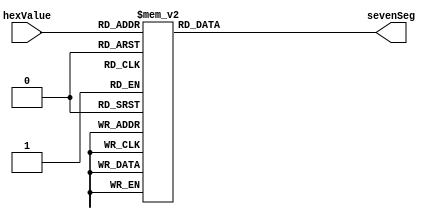
/*
 * HexTo7Seg.v
 *
 *  Authors:
 * 
 *      Azeem Oguntola  SID: 201162945
 *      Chima Nnadika   SID: 201077064
 * ---------------------------------------------------------------------
 * Description
 * ---------------------------------------------------------------------
 * This is a Hexadecimal to seven segment display converter module.
 * 
 */

module HexTo7Seg #(
    parameter INVERT_OUTPUT = 0

)(
    input      [3:0] hexValue,
    output reg [6:0] sevenSeg
);

    always @ * begin
        if (INVERT_OUTPUT == 0) begin
            case (hexValue)
                4'h0: sevenSeg = 7'b0111111;
                4'h1: sevenSeg = 7'b0000110;
                4'h2: sevenSeg = 7'b1011011;
                4'h3: sevenSeg = 7'b1001111;
                4'h4: sevenSeg = 7'b1100110;
                4'h5: sevenSeg = 7'b1101101;
                4'h6: sevenSeg = 7'b1111101;
                4'h7: sevenSeg = 7'b0000111;
                4'h8: sevenSeg = 7'b1111111;
                4'h9: sevenSeg = 7'b1100111;
                4'hA: sevenSeg = 7'b1110111;
                4'hB: sevenSeg = 7'b1111100;
                4'hC: sevenSeg = 7'b0111001;
                4'hD: sevenSeg = 7'b1011110;
                4'hE: sevenSeg = 7'b1111001;
                4'hF: sevenSeg = 7'b1110001;
                default: sevenSeg = 7'b0000000;
            endcase
        end else begin
            case (hexValue)
                4'h0: sevenSeg = 7'b1000000;
                4'h1: sevenSeg = 7'b1111001;
                4'h2: sevenSeg = 7'b0100100;
                4'h3: sevenSeg = 7'b0110000;
                4'h4: sevenSeg = 7'b0011001;
                4'h5: sevenSeg = 7'b0010010;
                4'h6: sevenSeg = 7'b0000010;
                4'h7: sevenSeg = 7'b1111000;
                4'h8: sevenSeg = 7'b0000000;
                4'h9: sevenSeg = 7'b0011000;
                4'hA: sevenSeg = 7'b0001000;
                4'hB: sevenSeg = 7'b0000011;
                4'hC: sevenSeg = 7'b1000110;
                4'hD: sevenSeg = 7'b0100001;
                4'hE: sevenSeg = 7'b0000110;
                4'hF: sevenSeg = 7'b0001110;
                default: sevenSeg = 7'b1111111;
            endcase
        end
    end
endmodule